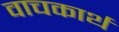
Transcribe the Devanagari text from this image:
वाचकार्थ